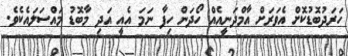
ހަރަދުބޮޑުކޮށް އެވަރަށް އާމްދަނީއެއް ހޯދަން ހިފާ ނަމަ އެއީ އަދި މާބޮޑު މައްސަލައެކެވެ.